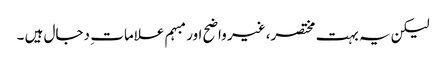
لیکن یہ بہت مختصر، غیر واضح اور مبہم علامات ِ دجال ہیں ۔